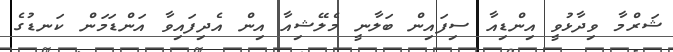
ޝަރްމާ ވިދާޅުވީ އިންޑިއާ ސިފައިން ބަލާނީ މެލޭޝިއާ އިން އެދިފައިވާ އަންޑަމަން ކަނޑުގެ